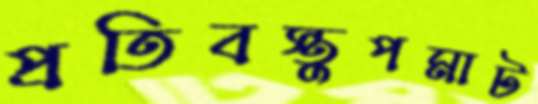
প্রতিবস্তুপমাট